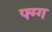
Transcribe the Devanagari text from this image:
फ्ग्ग